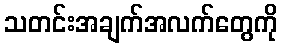
သတင်းအချက်အလက်တွေကို